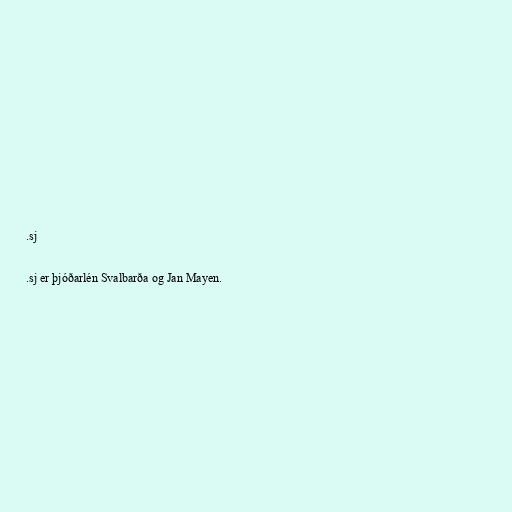
.sj

.sj er þjóðarlén Svalbarða og Jan Mayen.